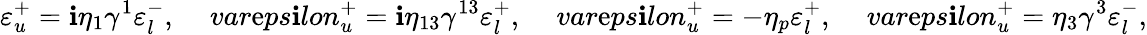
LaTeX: \varepsilon_{u}^{+}=\mathbf{i}\eta_{1}\gamma^{1}\varepsilon_{l}^{-},\ \ \ \ \, var\mathrm{e}ps\mathbf{i}lon_{u}^{+}=\mathbf{i}\eta_{13}\gamma^{13}\varepsilon_{l}^{+},\ \ \ \ \, var\mathrm{e}ps\mathbf{i}lon_{u}^{+}=-\eta_{p}\varepsilon_{l}^{+},\ \ \ \ \, var\mathrm{e}ps\mathbf{i}lon_{u}^{+}=\eta_{3}\gamma^{3}\varepsilon_{l}^{-},